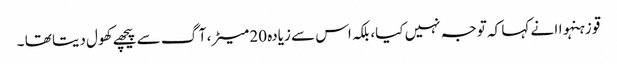
قو زہنہواا نے کہا کہ توجہ نہیں کیا، بلکہ اس سے زیادہ 20 میٹر، آگ سے پیچھے کھول دیتا تھا ۔